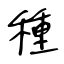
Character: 種